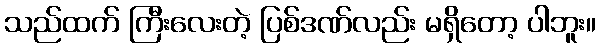
သည်ထက် ကြီးလေးတဲ့ ပြစ်ဒဏ်လည်း မရှိတော့ ပါဘူး။